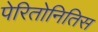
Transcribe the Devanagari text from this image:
पेरितोनितिस